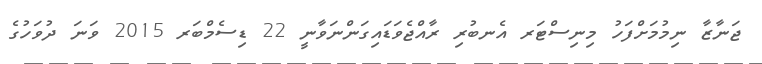
ޖަނާޒާ ނިމުމަށްފަހު މިނިސްޓަރ އެނބުރި ރާއްޖެވަޑައިގަންނަވާނީ 22 ޑިސެމްބަރ 2015 ވަނަ ދުވަހުގެ